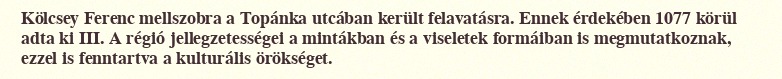
Kölcsey Ferenc mellszobra a Topánka utcában került felavatásra. Ennek érdekében 1077 körül adta ki III. A régió jellegzetességei a mintákban és a viseletek formáiban is megmutatkoznak, ezzel is fenntartva a kulturális örökséget.